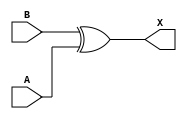
/*
 * Copyright 2020 The SkyWater PDK Authors
 *
 * Licensed under the Apache License, Version 2.0 (the "License");
 * you may not use this file except in compliance with the License.
 * You may obtain a copy of the License at
 *
 *     https://www.apache.org/licenses/LICENSE-2.0
 *
 * Unless required by applicable law or agreed to in writing, software
 * distributed under the License is distributed on an "AS IS" BASIS,
 * WITHOUT WARRANTIES OR CONDITIONS OF ANY KIND, either express or implied.
 * See the License for the specific language governing permissions and
 * limitations under the License.
 *
 * SPDX-License-Identifier: Apache-2.0
*/


`ifndef SKY130_FD_SC_HVL__XOR2_FUNCTIONAL_V
`define SKY130_FD_SC_HVL__XOR2_FUNCTIONAL_V

/**
 * xor2: 2-input exclusive OR.
 *
 *       X = A ^ B
 *
 * Verilog simulation functional model.
 */

`timescale 1ns / 1ps
`default_nettype none

`celldefine
module sky130_fd_sc_hvl__xor2 (
    X,
    A,
    B
);

    // Module ports
    output X;
    input  A;
    input  B;

    // Local signals
    wire xor0_out_X;

    //  Name  Output      Other arguments
    xor xor0 (xor0_out_X, B, A           );
    buf buf0 (X         , xor0_out_X     );

endmodule
`endcelldefine

`default_nettype wire
`endif  // SKY130_FD_SC_HVL__XOR2_FUNCTIONAL_V